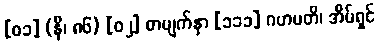
[၀၁] (နိ၊ ၈၆) [၀၂] စာမျက်နှာ [၁၁၁] ဂဟပတိ၊ အိမ်ရှင်